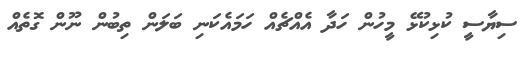
ސިޔާސީ ކުޅިކުޅޭ މީހުން ހަދާ އެއްޗެއް ހަމައެކަނި ބަލަން ތިބުން ނޫން ގޮތެއް